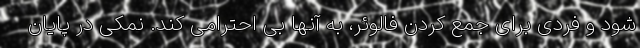
شود و فردی برای جمع کردن فالوئر، به آنها بی احترامی کند. نمکی در پایان